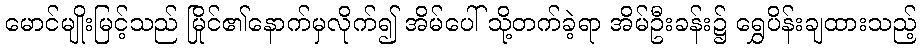
မောင်မျိုးမြင့်သည် မြိုင်၏နောက်မှလိုက်၍ အိမ်ပေါ် သို့တက်ခဲ့ရာ အိမ်ဦးခန်း၌ ရွှေပိန်းချထားသည့်